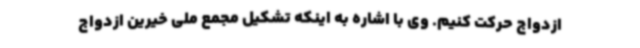
ازدواج حرکت کنیم. وی با اشاره به اینکه تشکیل مجمع ملی خیرین ازدواج